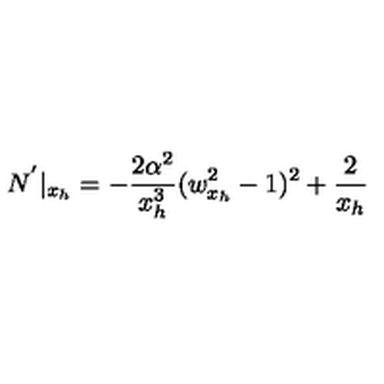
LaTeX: N ^ { ' } | _ { x _ { h } } = - \frac { 2 \alpha ^ { 2 } } { x _ { h } ^ { 3 } } ( w _ { x _ { h } } ^ { 2 } - 1 ) ^ { 2 } + \frac { 2 } { x _ { h } }